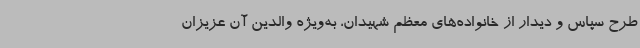
طرح سپاس و دیدار از خانواده‌های معظم شهیدان، به‌ویژه والدین آن عزیزان